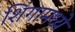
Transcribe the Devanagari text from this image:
शिंगामध्ये